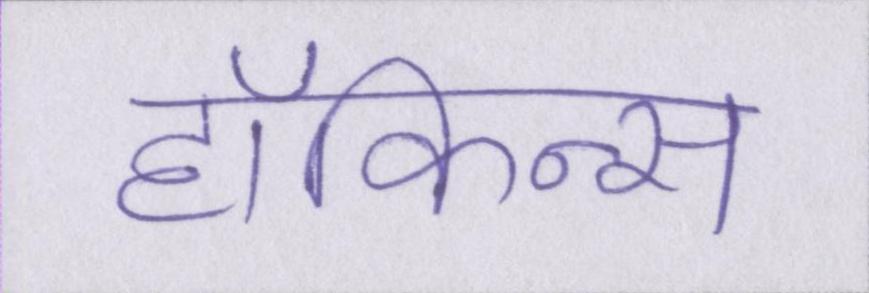
हॉकिन्स